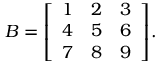
B = { \left[ \begin{array} { l l l } { 1 } & { 2 } & { 3 } \\ { 4 } & { 5 } & { 6 } \\ { 7 } & { 8 } & { 9 } \end{array} \right] } .